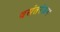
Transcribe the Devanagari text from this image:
वसंतरंजन